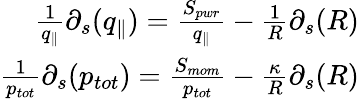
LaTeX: \begin{array}{r}{\frac{1}{q_{\parallel}}\partial_{s}(q_{\parallel})=\frac{S_{pwr}}{q_{\parallel}}-\frac{1}{R}\partial_{s}(R)}\\ {\frac{1}{p_{tot}}\partial_{s}(p_{tot})=\frac{S_{mom}}{p_{tot}}-\frac{\kappa}{R}\partial_{s}(R)}\end{array}